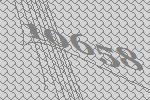
10658